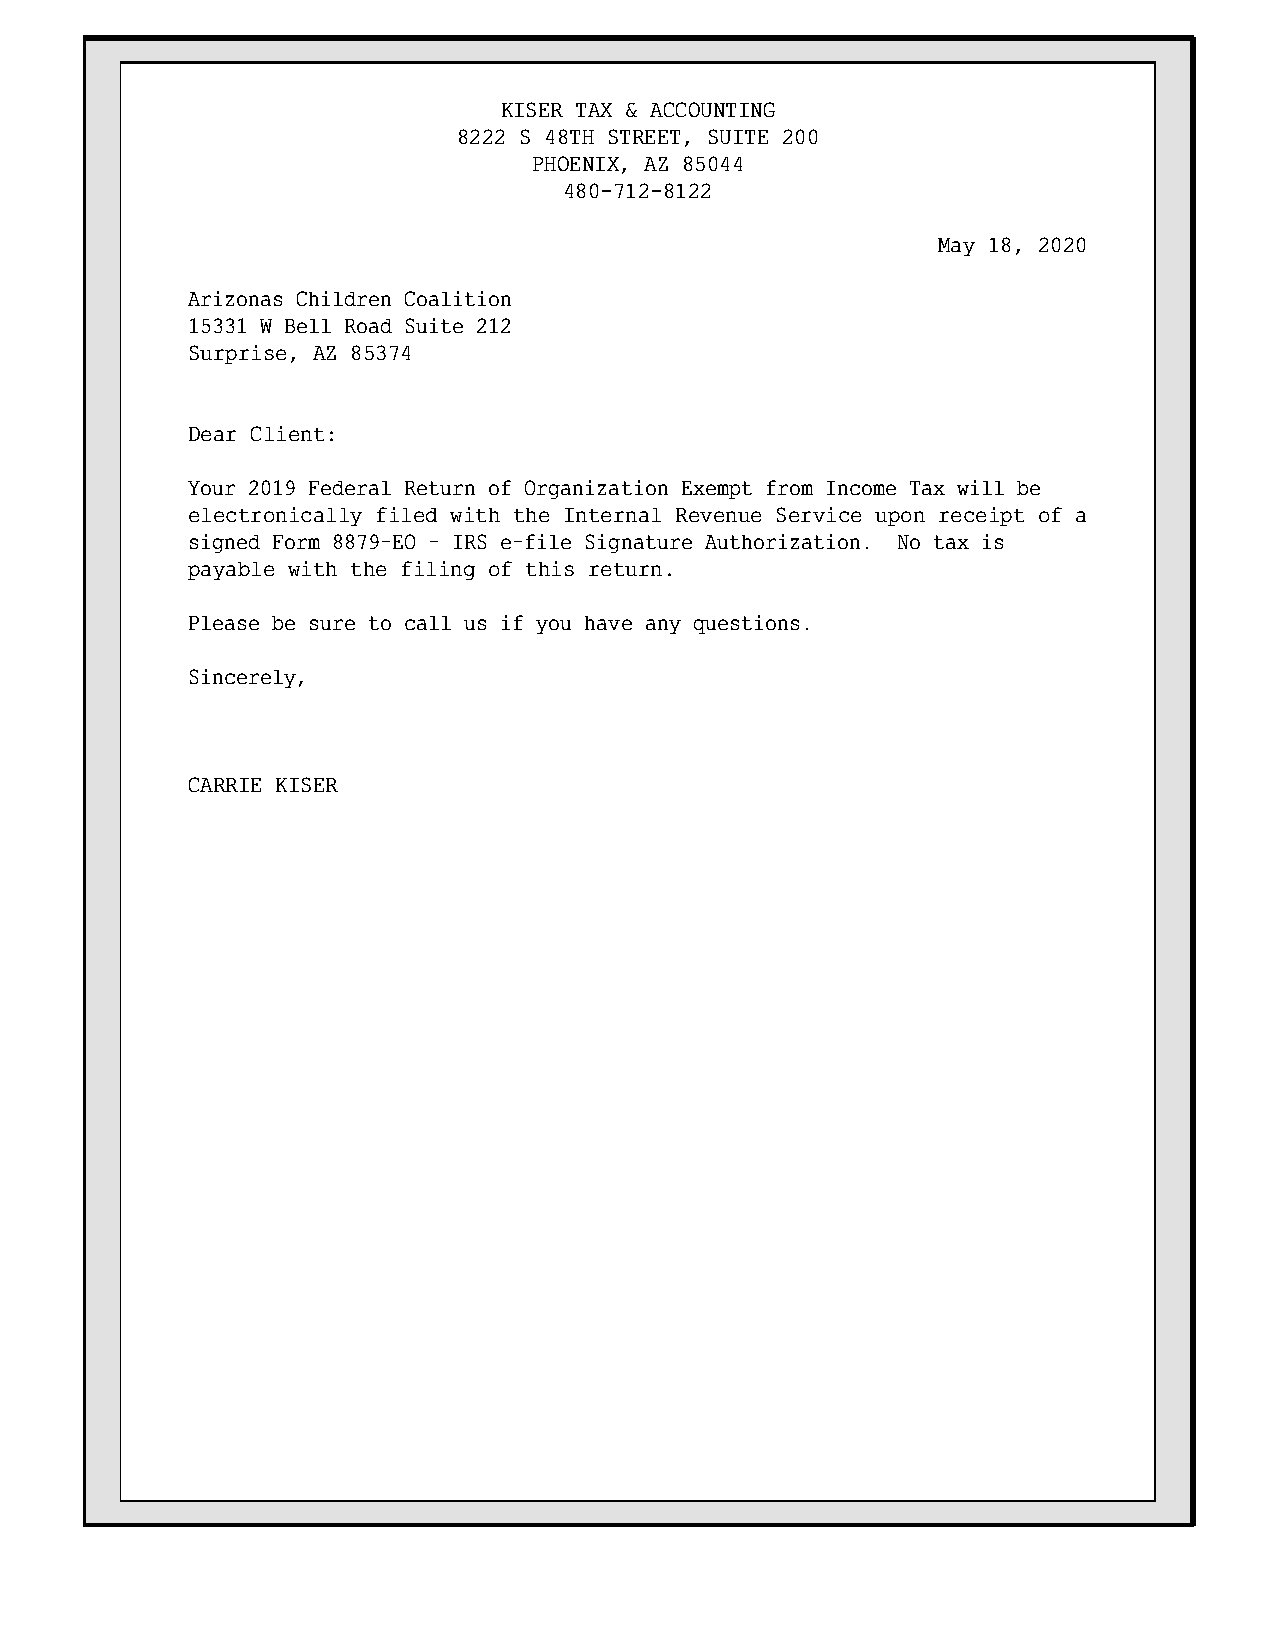
KISER TAX & ACCOUNTING
 8222 S 48TH STREET, SUITE 200
 PHOENIX, AZ 85044
 480-712-8122
 May 18, 2020
 Arizonas Children Coalition
 15331 W Bell Road Suite 212
 Surprise, AZ 85374
 Dear Client:
 Your 2019 Federal Return of Organization Exempt from Income Tax will be
 electronically filed with the Internal Revenue Service upon receipt of a
 signed Form 8879-EO - IRS e-file Signature Authorization. No tax is
 payable with the filing of this return.
 Please be sure to call us if you have any questions.
 Sincerely,
 CARRIE KISER